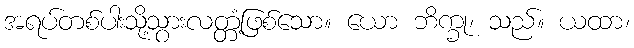
အရပ်တစ်ပါးသို့သွားလတ္တံ့ဖြစ်သော။ ယော ဘိက္ခု၊ သည်။ ယထာ၊